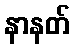
နာနတ်